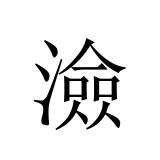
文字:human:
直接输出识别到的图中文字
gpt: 澰